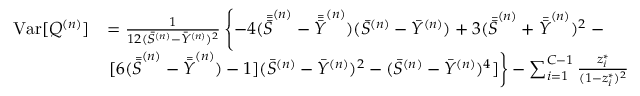
\begin{array} { r l } { \mathrm { V a r } [ Q ^ { ( n ) } ] } & { = \frac { 1 } { 1 2 ( \Bar { S } ^ { ( n ) } - \Bar { Y } ^ { ( n ) } ) ^ { 2 } } \left\{ - 4 ( \Bar { \Bar { \Bar { S } } } ^ { ( n ) } - \Bar { \Bar { \Bar { Y } } } ^ { ( n ) } ) ( \Bar { S } ^ { ( n ) } - \Bar { Y } ^ { ( n ) } ) + 3 ( \Bar { \Bar { S } } ^ { ( n ) } + \Bar { \Bar { Y } } ^ { ( n ) } ) ^ { 2 } \right. - } \\ & { \left. [ 6 ( { \Bar { \Bar { S } } } ^ { ( n ) } - { \Bar { \Bar { Y } } } ^ { ( n ) } ) - 1 ] ( \Bar { S } ^ { ( n ) } - \Bar { Y } ^ { ( n ) } ) ^ { 2 } - ( \Bar { S } ^ { ( n ) } - \Bar { Y } ^ { ( n ) } ) ^ { 4 } ] \right\} - \sum _ { i = 1 } ^ { C - 1 } \frac { z _ { i } ^ { * } } { ( 1 - z _ { i } ^ { * } ) ^ { 2 } } } \end{array}